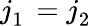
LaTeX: j_{1}^{\mathrm{~\, ~}}=j_{2}^{\mathrm{~\, ~}}